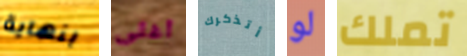
بنهاية أغلى أتذكرك لو تملك